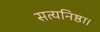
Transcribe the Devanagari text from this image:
सत्यनिष्ठा।